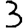
Digit: 3